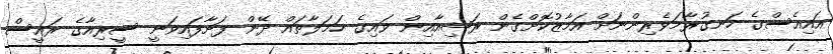
އައިއެސްގެ ހަނގުރާމަވެރިންނަށް އަމާޒުކޮށްގެން ރަޝިއާއިން ވައިގެ ހަމަލާތައް ދޭން ފަށާފައިވަނީ ސީރިއާގެ ރައީސް